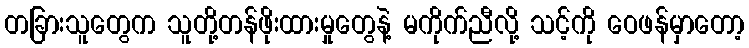
တခြားသူတွေက သူတို့တန်ဖိုးထားမှုတွေနဲ့ မကိုက်ညီလို့ သင့်ကို ဝေဖန်မှာတော့